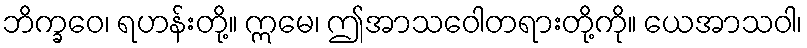
ဘိက္ခဝေ၊ ရဟန်းတို့။ ဣမေ၊ ဤအာသဝေါတရားတို့ကို။ ယေအာသဝါ၊